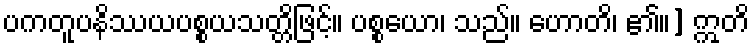
ပကတူပနိဿယပစ္စယသတ္တိဖြင့်။ ပစ္စယော၊ သည်။ ဟောတိ၊ ၏။] ဣတိ